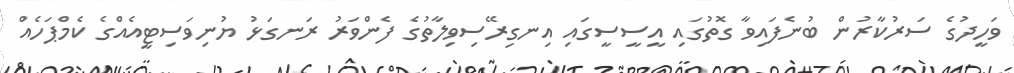
ވަހީދުގެ ސަރުކާރުން ބުނެފައިވާ ގޮތުގައި އީސީސީގައި އިނގިރޭސިވިލާތުގެ ފެންވަރު ރަނގަޅު ޔުނިވަސިޓީއެއްގެ ކެމްޕަހެއް